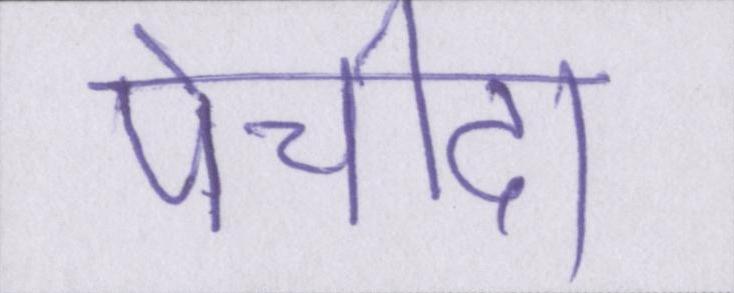
पेचीदा